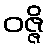
ဝဇ္ဇိ